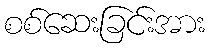
စစ်ဆေးခြင်းအား